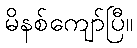
မိနစ်ကျော်ပြီ။